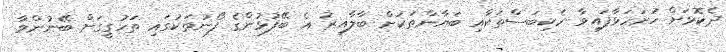
ދެކޮޅަށް ހުށަހަޅާފައިވާ ހެކިބަސްތަކާއި ބަޔާންތަކަށް ބާލާއިރު އެ ބޭފުޅުންގެ ފޯނުތަކުގައި ތަހުގީގަށް ބޭނުންވާ